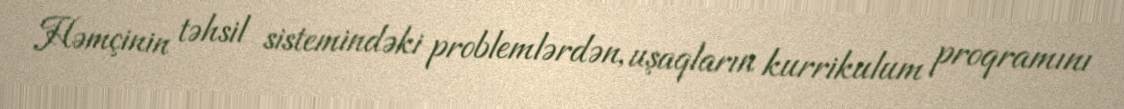
Həmçinin təhsil sistemindəki problemlərdən, uşaqların kurrikulum proqramını